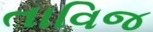
તાવિજ